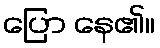
ပြော နေ၏။